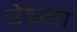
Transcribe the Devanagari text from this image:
रेष्या